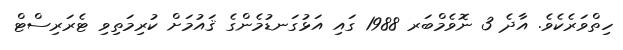
ހިތްވަރެކެވެ. އާދެ 3 ނޮވެމްބަރ 1988 ގައި އަޅުގަނޑުމެންގެ ޤައުމަށް ކުރިމަތިވި ޓެރަރިސްޓް